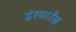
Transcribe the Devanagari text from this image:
इंश्यारेंस